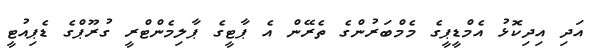
އަދި އިދިކޮޅު އެމްޑީޕީގެ މެމްބަރުންގެ ތެރޭން އެ ޕާޓީގެ ޕާލިމެންޓްރީ ގުރޫޕްގެ ޑެޕިއުޓީ